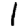
Digit: 1